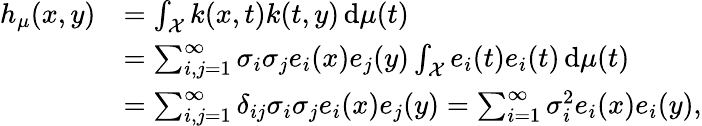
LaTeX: \begin{array}{rl}{h_{\mu}(x,y)}&{=\int_{\mathcal{X}}k(x,t)k(t,y)\, \mathrm{d}\mu(t)}\\ &{=\sum_{i,j=1}^{\infty}\sigma_{i}\sigma_{j}e_{i}(x)e_{j}(y)\int_{\mathcal{X}}e_{i}(t)e_{i}(t)\, \mathrm{d}\mu(t)}\\ &{=\sum_{i,j=1}^{\infty}\delta_{ij}\sigma_{i}\sigma_{j}e_{i}(x)e_{j}(y)=\sum_{i=1}^{\infty}\sigma_{i}^{2}e_{i}(x)e_{i}(y),}\end{array}